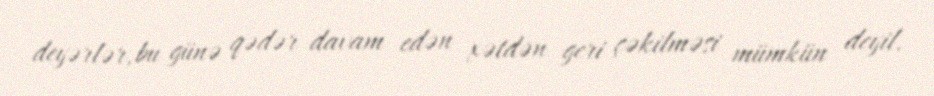
deyərlər, bu günə qədər davam edən xətdən geri çəkilməsi mümkün deyil.